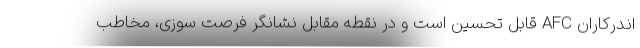
اندرکاران AFC قابل تحسین است و در نقطه مقابل نشانگر فرصت سوزی، مخاطب